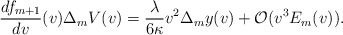
\begin{align*} \frac{df_{m+1}}{dv}(v)\Delta_mV(v)=\frac{\lambda}{6\kappa}v^2\Delta_my(v)+\mathcal{O}(v^3E_m(v)).\end{align*}